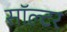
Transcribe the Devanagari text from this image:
सॉल्टर